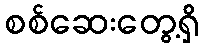
စစ်ဆေးတွေ့ရှိ